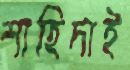
শাহিদাই